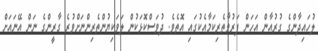
ލުހައިދާންގެ ގުރުއާން އަހަން ފަރުވާތެރިކަމާއެކުގައި އޮތެވެ. ދުވަސްކޮޅަކުން ލަވަކިޔުންތެރިންނަށްވުރެ ގާރީންގެ ނަން އޭނައަށް